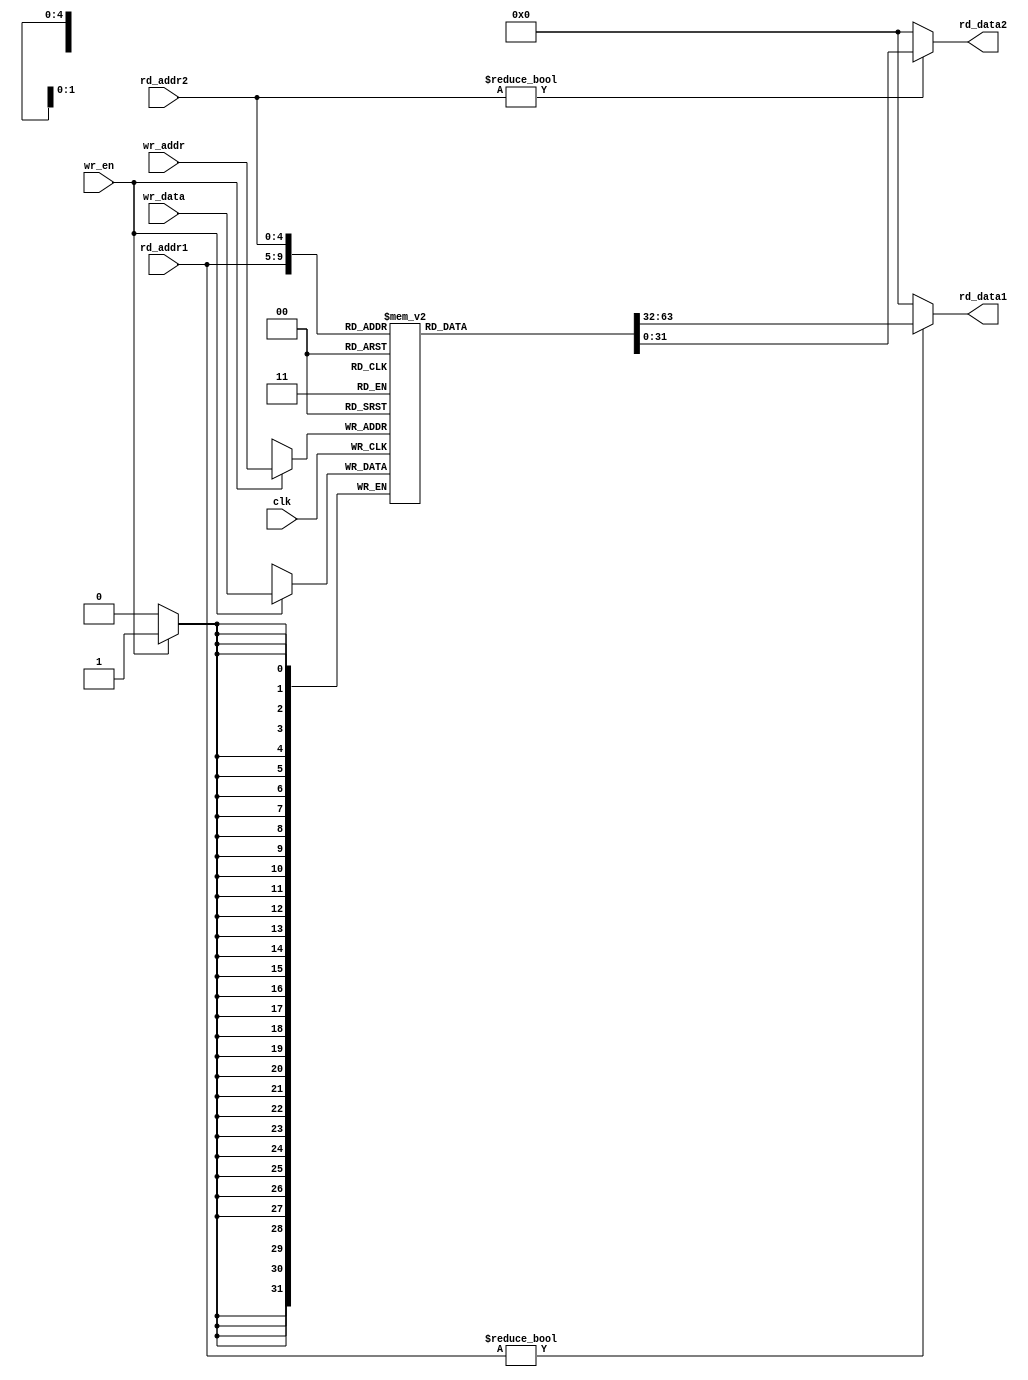

// reg_file.v - register file for single-cycle RISC-V CPU
//              (with 32 registers, each of 32 bits)
//              having two read ports, one write port
//              write port is synchronous, read ports are combinational
//              register 0 is hardwired to 0

module reg_file #(parameter DATA_WIDTH = 32) (
    input       clk,
    input       wr_en,
    input       [4:0] rd_addr1, rd_addr2, wr_addr,
    input       [DATA_WIDTH-1:0] wr_data,
    output      [DATA_WIDTH-1:0] rd_data1, rd_data2
);

reg [DATA_WIDTH-1:0] reg_file_arr [0:31];

integer i;
initial begin
    for (i = 0; i < 32; i = i + 1) begin
        reg_file_arr[i] = 0;
    end
end

// register file write logic (synchronous)
always @(posedge clk) begin
    if (wr_en) reg_file_arr[wr_addr] <= wr_data;
end

// register file read logic (combinational)
assign rd_data1 = ( rd_addr1 != 0 ) ? reg_file_arr[rd_addr1] : 0;
assign rd_data2 = ( rd_addr2 != 0 ) ? reg_file_arr[rd_addr2] : 0;

endmodule